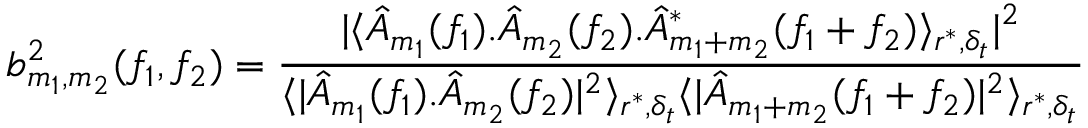
b _ { m _ { 1 } , m _ { 2 } } ^ { 2 } ( f _ { 1 } , f _ { 2 } ) = \frac { | \langle \hat { A } _ { m _ { 1 } } ( f _ { 1 } ) . \hat { A } _ { m _ { 2 } } ( f _ { 2 } ) . \hat { A } _ { m _ { 1 } + m _ { 2 } } ^ { * } ( f _ { 1 } + f _ { 2 } ) \rangle _ { r ^ { * } , \delta _ { t } } | ^ { 2 } } { \langle | \hat { A } _ { m _ { 1 } } ( f _ { 1 } ) . \hat { A } _ { m _ { 2 } } ( f _ { 2 } ) | ^ { 2 } \rangle _ { r ^ { * } , \delta _ { t } } \langle | \hat { A } _ { m _ { 1 } + m _ { 2 } } ( f _ { 1 } + f _ { 2 } ) | ^ { 2 } \rangle _ { r ^ { * } , \delta _ { t } } }